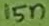
Text: 15n